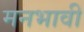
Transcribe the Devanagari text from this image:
मनभावी